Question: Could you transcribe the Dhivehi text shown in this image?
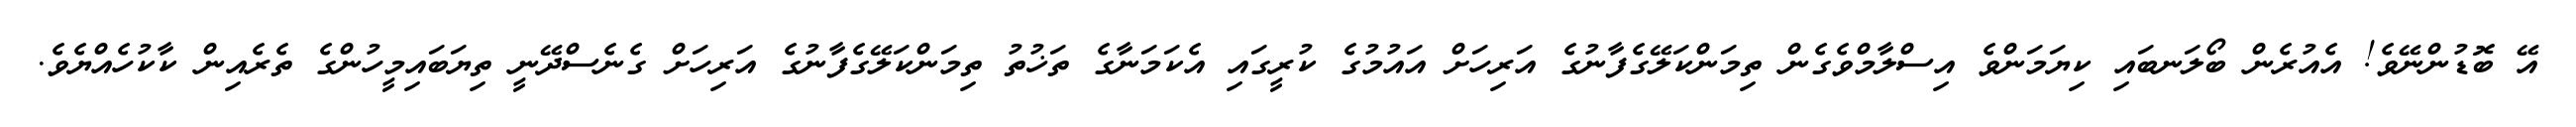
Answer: އޭ ބޮޑުންނޭވެ! އެއުރެން ބޯލަނބައި ކިޔަމަންވެ އިސްލާމްވެގެން ތިމަންކަލޭގެފާނުގެ އަރިހަށް އައުމުގެ ކުރީގައި އެކަމަނާގެ ތަޚުތު ތިމަންކަލޭގެފާނުގެ އަރިހަށް ގެނެސްދޭނީ ތިޔަބައިމީހުންގެ ތެރެއިން ކާކުހެއްޔެވެ.